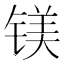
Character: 镁